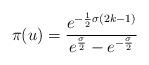
LaTeX: \begin{align*}\pi(u)=\frac{e^{-\frac{1}{2}\sigma(2k-1)}}{e^{\frac{\sigma}{2}} -e^{-\frac{\sigma}{2}}}\end{align*}